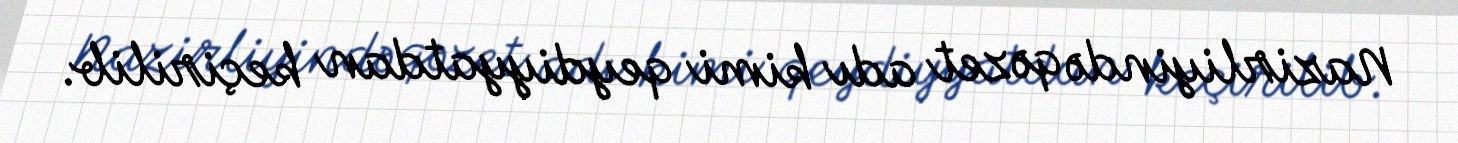
Nazirliyində qəzet adı kimi qeydiyyatdan keçirilib.